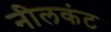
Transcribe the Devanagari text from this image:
नीलकंट